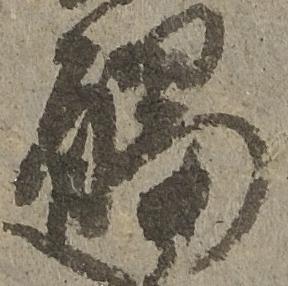
触